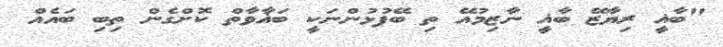
"ބާޣީ ރިޔާޒޭ ބާޣީ ނާޒިމުއޭ ތި ބޭފުޅުންނަކީ ބަޣާވާތް ކޮށްގެން ތިބި ބައެއް